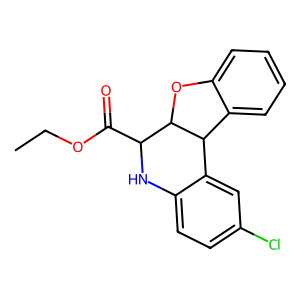
SMILES: CCOC(=O)C1Nc2ccc(Cl)cc2C2c3ccccc3OC12
Inhibits HIV replication: No